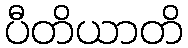
ပီတိယာတိ